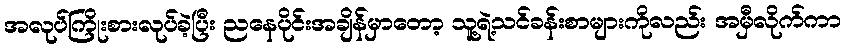
အလုပ်ကြိုးစားလုပ်ခဲ့ပြီး ညနေပိုင်းအချိန်မှာတော့ သူ့ရဲ့သင်ခန်းစာများကိုလည်း အမှီလိုက်ကာ